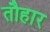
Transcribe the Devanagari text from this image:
तौहार